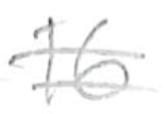
Text: 16
Cross-out: mix
Writing tool: pencil